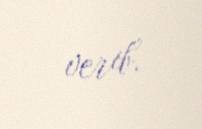
verib.